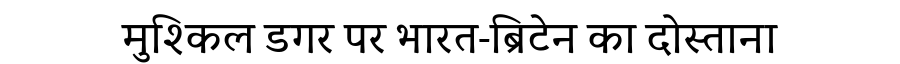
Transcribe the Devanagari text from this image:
मुश्किल डगर पर भारत-ब्रिटेन का दोस्ताना